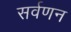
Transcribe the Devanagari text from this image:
सर्वणन